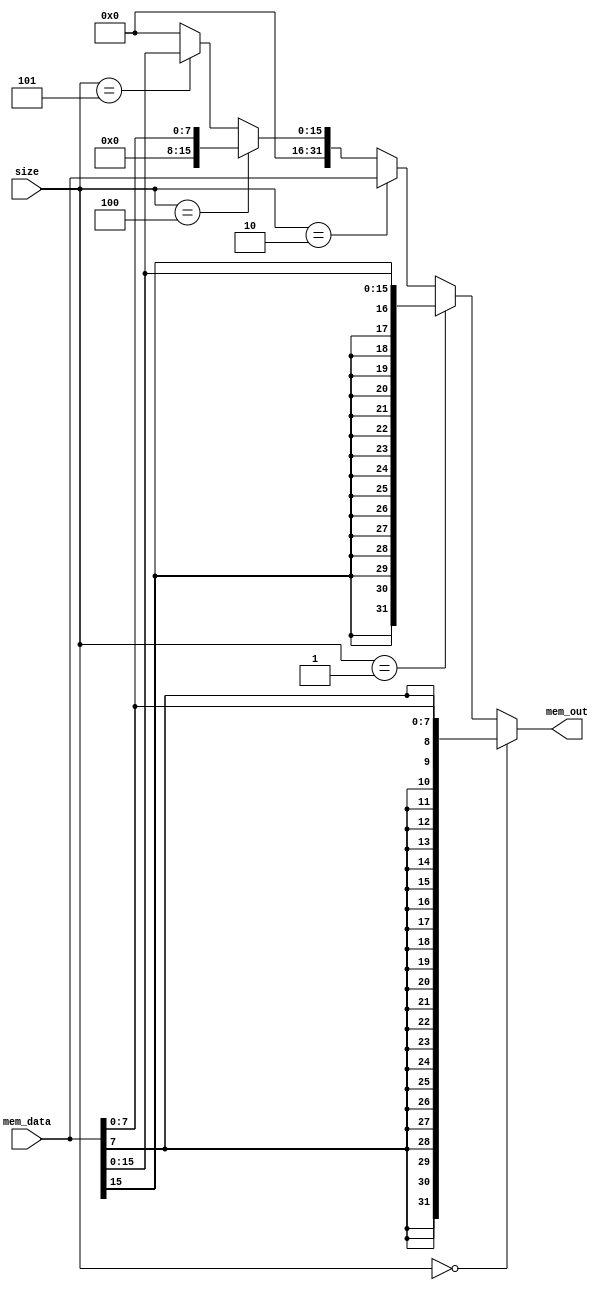
module mem_size(
	input		[31:0]	mem_data,
	input		[2:0]		size,
	
	output	[31:0]	mem_out
);

wire isByte = 		 (size == 3'b000);
wire isHalfWord =	 (size == 3'b001);
wire isWord = 		 (size == 3'b010);
wire isUByte = 	 (size == 3'b100);
wire isUHalfword = (size == 3'b101);

assign mem_out = 	isByte 		? {{24{mem_data[7]}}, mem_data[7:0]} 		: 
					  (isHalfWord	? {{16{mem_data[15]}}, mem_data[15:0]} 	: 
					  (isWord		? mem_data										: 
					  (isUByte		? {24'b0, mem_data[7:0]}					: 
					  (isUHalfword ? {16'b0, mem_data[15:0]}					: 
										  32'b0
						))));

endmodule